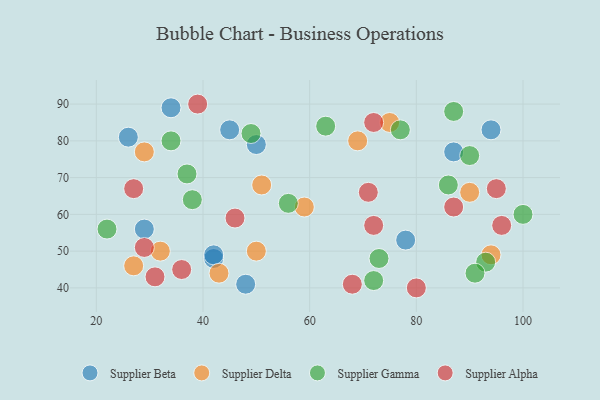
{"axis": {"x": "GDP", "y": "Life Expectancy"}, "legend": ["Supplier Alpha", "Supplier Beta", "Supplier Delta", "Supplier Gamma"], "data": [{"x": "94", "y": 83, "type": "Supplier Beta"}, {"x": "50", "y": 79, "type": "Supplier Beta"}, {"x": "87", "y": 77, "type": "Supplier Beta"}, {"x": "48", "y": 41, "type": "Supplier Beta"}, {"x": "78", "y": 53, "type": "Supplier Beta"}, {"x": "26", "y": 81, "type": "Supplier Beta"}, {"x": "34", "y": 89, "type": "Supplier Beta"}, {"x": "42", "y": 48, "type": "Supplier Beta"}, {"x": "29", "y": 56, "type": "Supplier Beta"}, {"x": "42", "y": 49, "type": "Supplier Beta"}, {"x": "45", "y": 83, "type": "Supplier Beta"}, {"x": "94", "y": 49, "type": "Supplier Delta"}, {"x": "27", "y": 46, "type": "Supplier Delta"}, {"x": "75", "y": 85, "type": "Supplier Delta"}, {"x": "51", "y": 68, "type": "Supplier Delta"}, {"x": "32", "y": 50, "type": "Supplier Delta"}, {"x": "29", "y": 77, "type": "Supplier Delta"}, {"x": "59", "y": 62, "type": "Supplier Delta"}, {"x": "43", "y": 44, "type": "Supplier Delta"}, {"x": "90", "y": 66, "type": "Supplier Delta"}, {"x": "69", "y": 80, "type": "Supplier Delta"}, {"x": "50", "y": 50, "type": "Supplier Delta"}, {"x": "86", "y": 68, "type": "Supplier Gamma"}, {"x": "49", "y": 82, "type": "Supplier Gamma"}, {"x": "22", "y": 56, "type": "Supplier Gamma"}, {"x": "93", "y": 47, "type": "Supplier Gamma"}, {"x": "72", "y": 42, "type": "Supplier Gamma"}, {"x": "90", "y": 76, "type": "Supplier Gamma"}, {"x": "56", "y": 63, "type": "Supplier Gamma"}, {"x": "38", "y": 64, "type": "Supplier Gamma"}, {"x": "87", "y": 88, "type": "Supplier Gamma"}, {"x": "63", "y": 84, "type": "Supplier Gamma"}, {"x": "77", "y": 83, "type": "Supplier Gamma"}, {"x": "91", "y": 44, "type": "Supplier Gamma"}, {"x": "73", "y": 48, "type": "Supplier Gamma"}, {"x": "37", "y": 71, "type": "Supplier Gamma"}, {"x": "34", "y": 80, "type": "Supplier Gamma"}, {"x": "100", "y": 60, "type": "Supplier Gamma"}, {"x": "68", "y": 41, "type": "Supplier Alpha"}, {"x": "95", "y": 67, "type": "Supplier Alpha"}, {"x": "71", "y": 66, "type": "Supplier Alpha"}, {"x": "27", "y": 67, "type": "Supplier Alpha"}, {"x": "29", "y": 51, "type": "Supplier Alpha"}, {"x": "72", "y": 57, "type": "Supplier Alpha"}, {"x": "31", "y": 43, "type": "Supplier Alpha"}, {"x": "36", "y": 45, "type": "Supplier Alpha"}, {"x": "80", "y": 40, "type": "Supplier Alpha"}, {"x": "87", "y": 62, "type": "Supplier Alpha"}, {"x": "39", "y": 90, "type": "Supplier Alpha"}, {"x": "72", "y": 85, "type": "Supplier Alpha"}, {"x": "96", "y": 57, "type": "Supplier Alpha"}, {"x": "46", "y": 59, "type": "Supplier Alpha"}]}